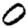
Digit: 0